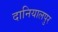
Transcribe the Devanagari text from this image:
दानियालपुर